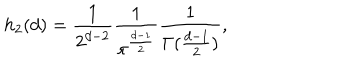
h _ { 2 } ( d ) = \frac { 1 } { 2 ^ { d - 2 } } \frac { 1 } { \pi ^ { \frac { d - 1 } { 2 } } } \frac { 1 } { \Gamma ( \frac { d - 1 } { 2 } ) } ,